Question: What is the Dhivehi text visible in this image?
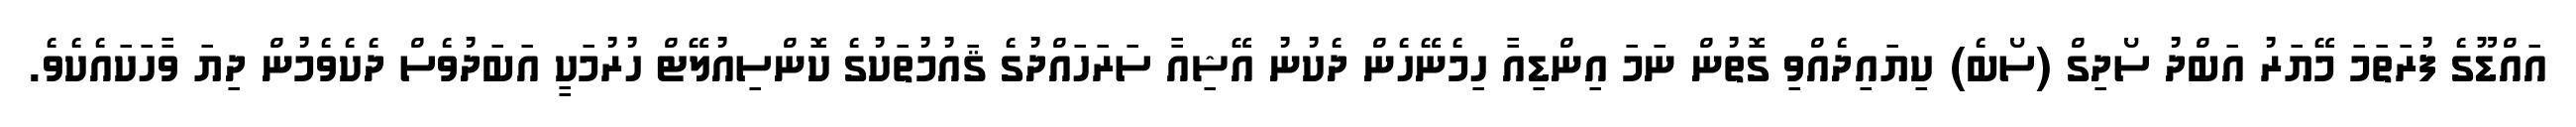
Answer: އައްޑޫގެ ފުރަތަމަ މޭޔަރު އަބްދު ސޯދިގް (ސޯބެ) ކިޔައިދެއްވި ގޮތުން ނަމަ އިންޑިއާ ހިމެނޭހެން ދެކުނު އޭޝިއާ ސަރަހައްދުގެ ޤައުމުތަކުގެ ކޮންސިއުލޭޓް ހުރުމަކީ އަބަދުވެސް ދެކެވެމުން ދިޔަ ވާހަކައެކެވެ.